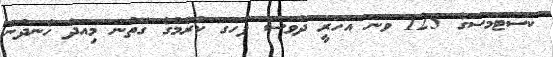
ކަސްޓަމްސްގެ 125 ވަނަ އަހަރީ ދުވަސް ފާހަގަ ކުރުމުގެ ގޮތުން މިއަދު ހެނދުނު